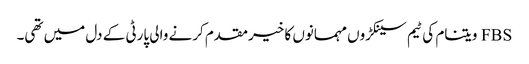
FBS ویتنام کی ٹیم سینکڑوں مہمانوں کا خیرمقدم کرنے والی پارٹی کے دل میں تھی۔